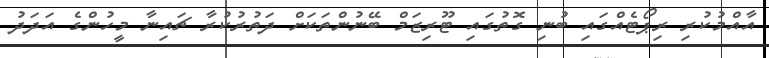
އާއްމުކުރި ރިޕޯޓެއްގައި ބުނި ގޮތުގައި ޓޫރިޒަމް ބޭނުންތަކަށް ދަތުރުކުރާ ޗައިނާ މީހުންގެ އަދަދު